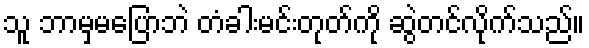
သူ ဘာမှမပြောဘဲ တံခါးမင်းတုတ်ကို ဆွဲတင်လိုက်သည်။